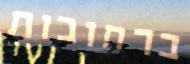
ברחובות